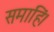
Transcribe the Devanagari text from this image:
समाहिं।